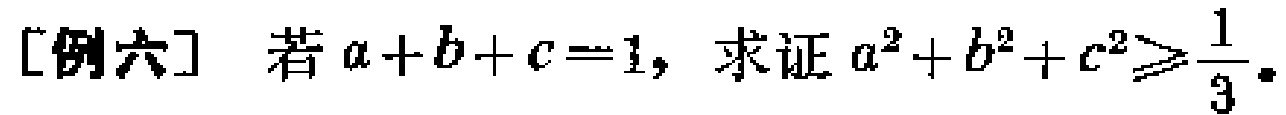
[例六] 若 \(a + b + c = 1\)，求证 \(a^{2}+b^{2}+c^{2}\geqslant\frac{1}{3}\)。